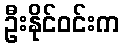
ဦးနိုင်ဝင်းက